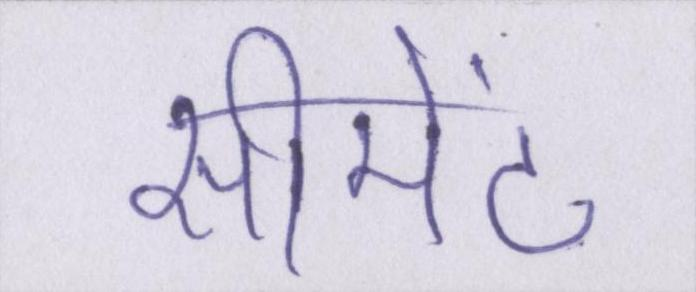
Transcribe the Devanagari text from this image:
सीमेंट